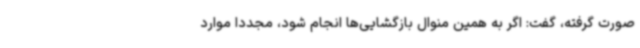
صورت گرفته، گفت: اگر به همین منوال بازگشایی‌ها انجام شود، مجددا موارد